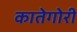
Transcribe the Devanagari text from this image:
कातेगोरी